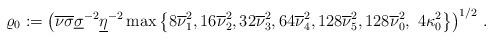
LaTeX: \begin{align*} \varrho_0:= \left( \overline{\nu} \overline{\sigma}{\underline{\sigma}}^{-2}\underline{\eta}^{-2}\max \left\{8\overline \nu_1^2,16\overline \nu_2^2,32\overline \nu_3^2,64\overline \nu_4^2,128\overline \nu_5^2,128\overline{\nu}_0^2, \ 4\kappa_0^2\right\}\right)^{1/2} \, .\end{align*}